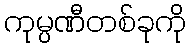
ကုမ္ပဏီတစ်ခုကို